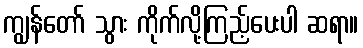
ကျွန်တော် သွား ကိုက်လို့ကြည့်ပေးပါ ဆရာ။